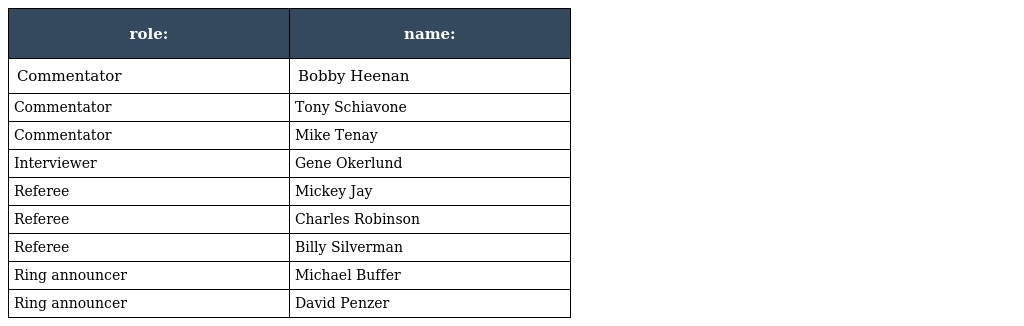
| role: | name: |
 | --- | --- |
 | Commentator | Bobby Heenan |
 | Commentator | Tony Schiavone |
 | Commentator | Mike Tenay |
 | Interviewer | Gene Okerlund |
 | Referee | Mickey Jay |
 | Referee | Charles Robinson |
 | Referee | Billy Silverman |
 | Ring announcer | Michael Buffer |
 | Ring announcer | David Penzer |